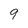
Character: 9